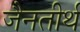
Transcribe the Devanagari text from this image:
जैनतीर्थ